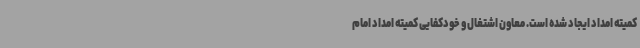
کمیته امداد ایجاد شده است. معاون اشتغال و خودکفایی کمیته امداد امام